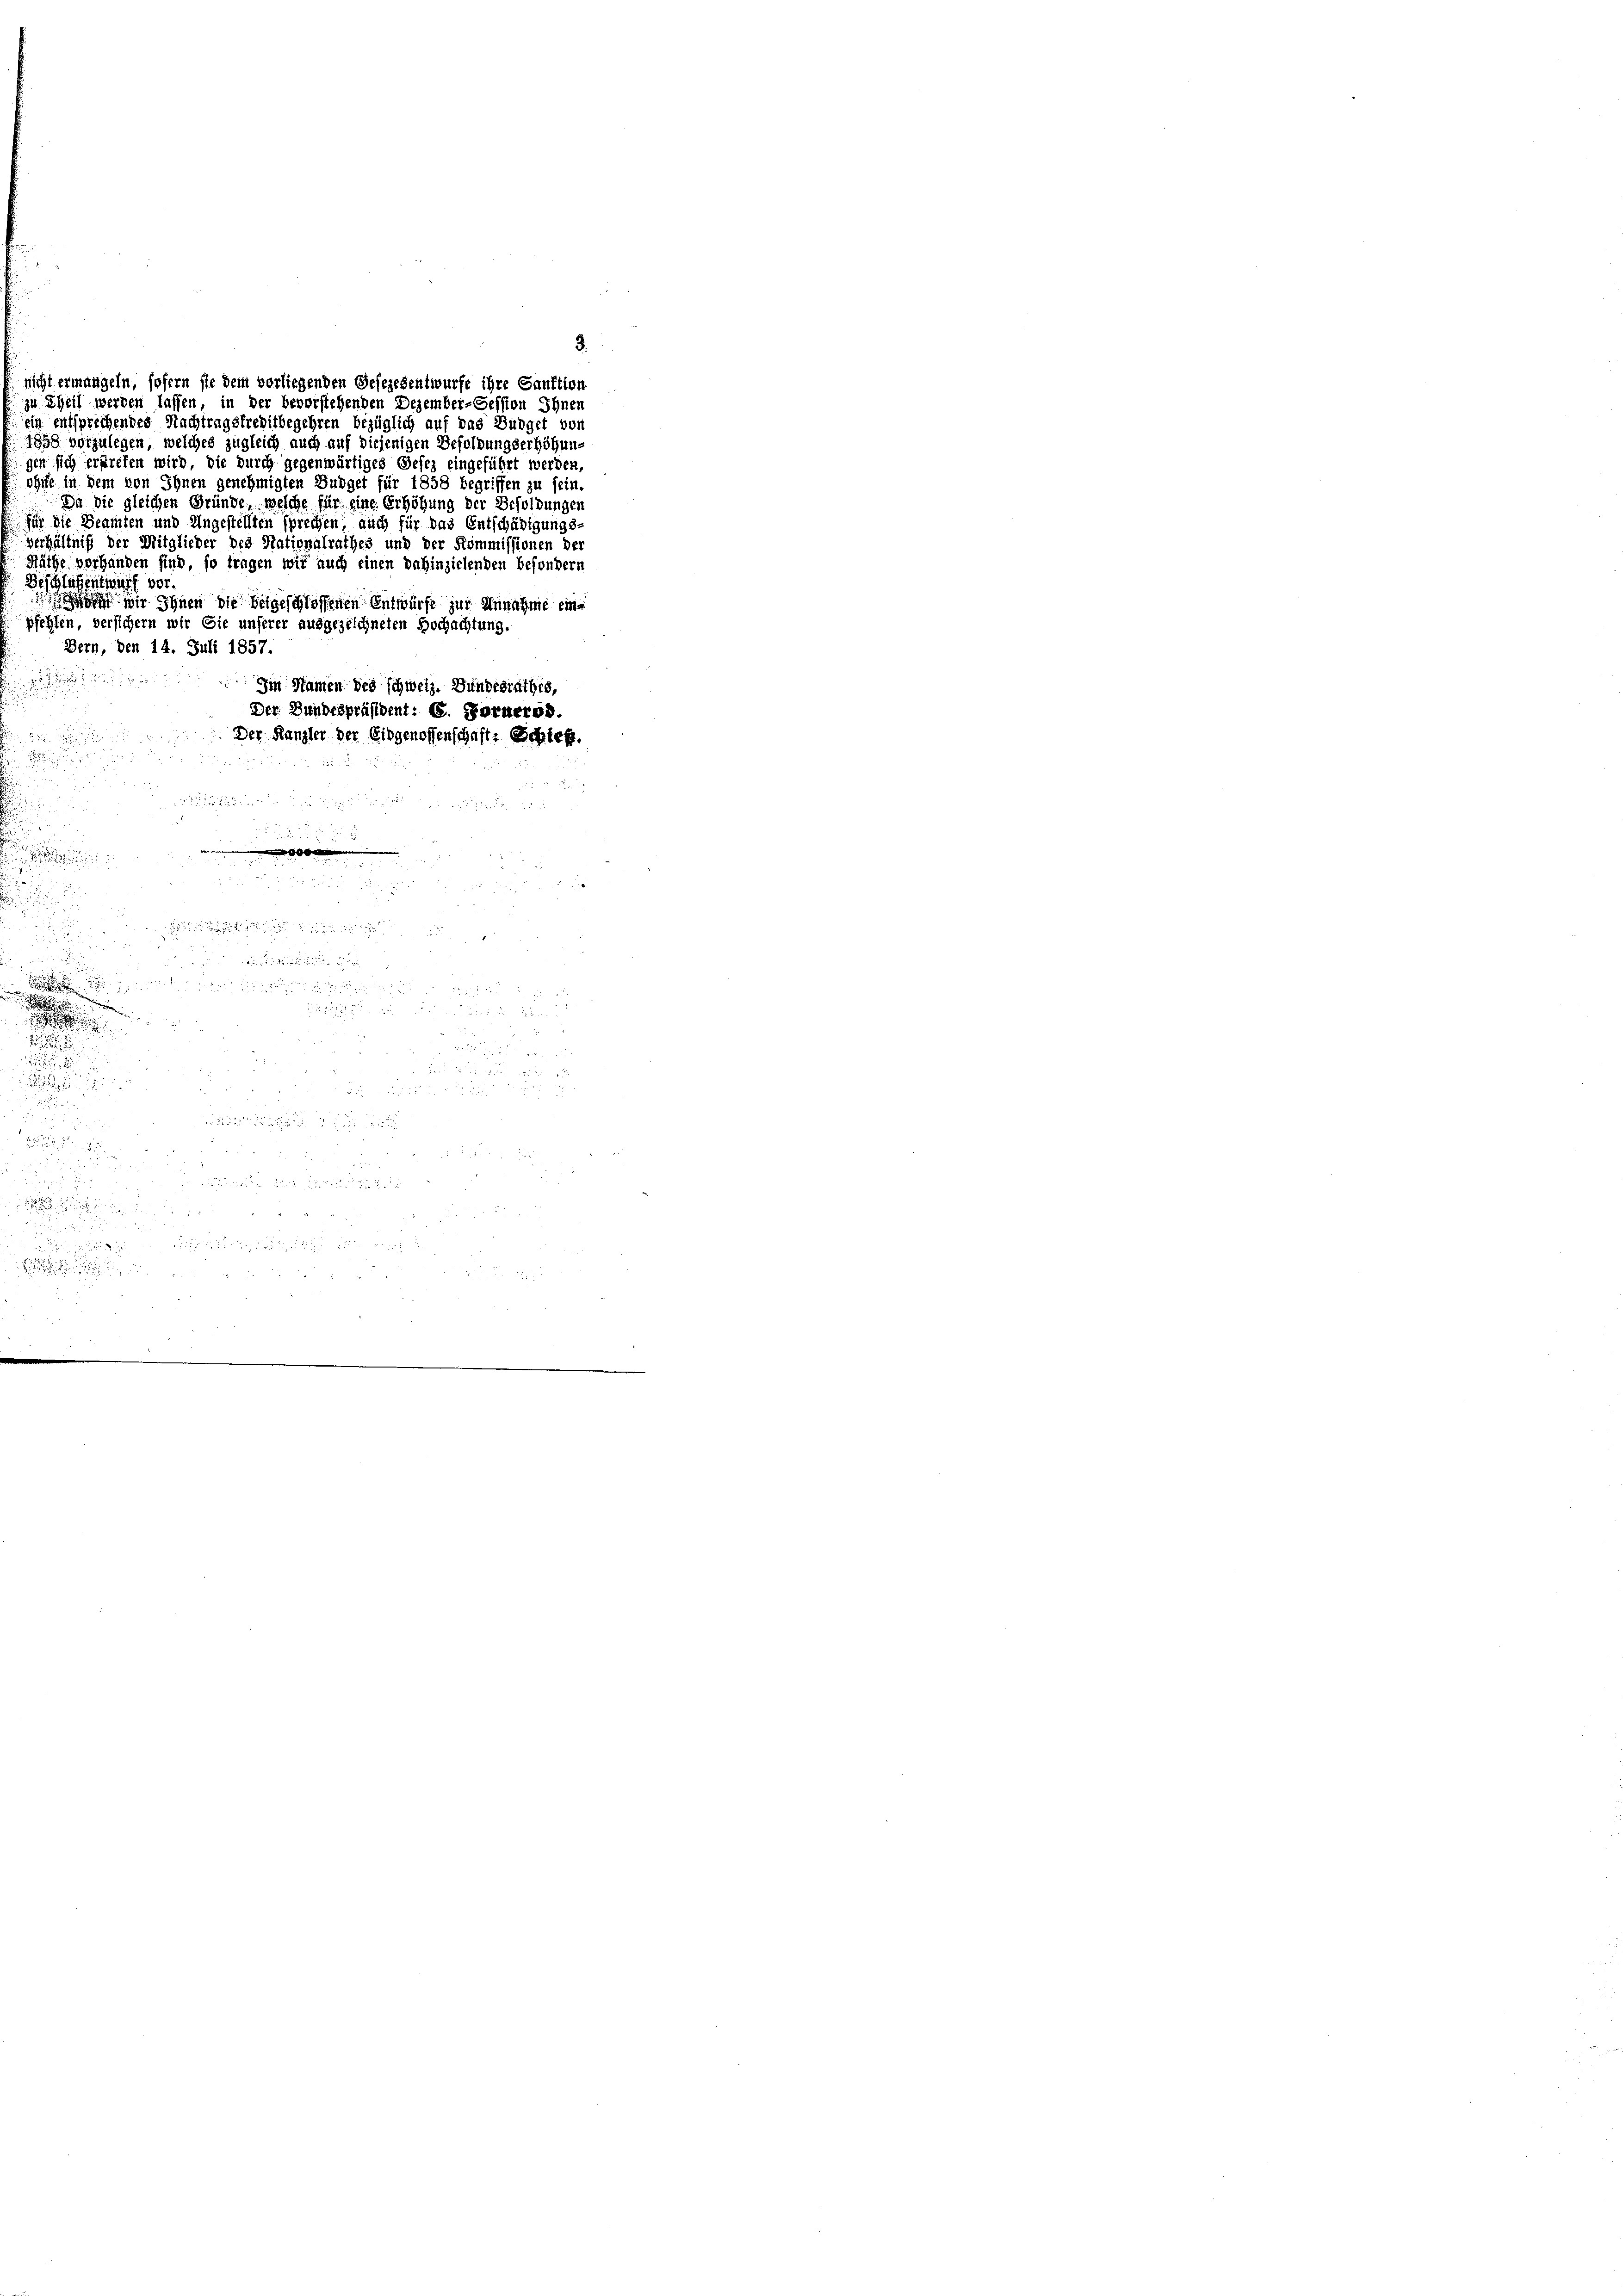
3.
nicht ermangeln, sofern sie dem vorliegenden Gesezesentwurfe ihre Sanktion
zu Theil werden lassen, in der bevorstehenden Dezember-Session Ihnen
ein entsprechendes Nachtragskreditbegehren bezüglich auf das Büdget von
1898 vorzulegen, welches zugleich auch auf diejenigen Besoldungserhöhung
gen sich erstreten wird, die durch gegenwärtiges Gesez eingeführt werden,
rhufe in dem von Ihnen genehmigten Budget für 1858 begriffen zu sein.
Da die gleichen Gründe, welche für eine Erhöhung der Besoldungen
für die Beamten und Angestellten sprechen, auch für das Entschädigungs-
Verhältniß der Mitglieder des Nationalrathes und der Kommissionen der
Näthe vorhanden sind, so tragen wir auch einen dahinzielenden besondern
Beschläßentwurf vor.
 wir Ihnen die beigeschlossenen Entwürfe zur Annahme einpfehlen, versichern wir Sie unserer ausgezeichneten Hochachtung
Bern, den 14. Juli 1857.

Im Namen des schweiz. Bundesrathes,
Der Bundespräsident: C. Fornerod.
Der Kanzler der Eidgenossenschaft: Schrief.

.

u
u

i

e

.

n
 de

e
0

. So

e